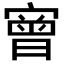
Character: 𡪠